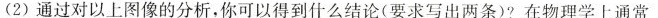
2)通过对以上图像的分析，你可以得到什么结论(要求写出两条)?在物理学上通常